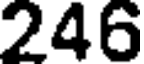
246